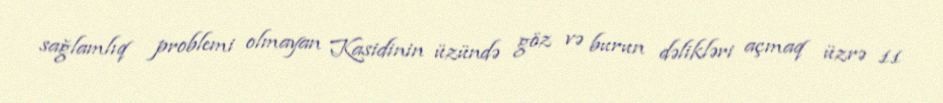
sağlamlıq problemi olmayan Kasidinin üzündə göz və burun dəlikləri açmaq üzrə 11